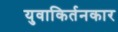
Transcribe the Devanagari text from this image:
युवाकिर्तनकार